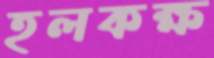
হলকক্ষ